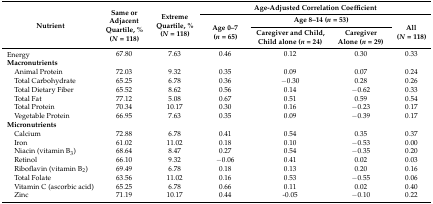
<table><thead><tr><td rowspan="3"><b>Nutrient</b></td><td rowspan="3"><b>Same or Adjacent Quartile, % (<i>N</i> = 118)</b></td><td rowspan="3"><b>Extreme Quartile, % (<i>N</i> = 118)</b></td><td colspan="4"><b>Age-Adjusted Correlation Coefficient</b></td></tr><tr><td rowspan="2"><b>Age 0–7 (<i>n</i> = 65)</b></td><td colspan="2"><b>Age 8–14 (<i>n</i> = 53)</b></td><td rowspan="2"><b>All (<i>N</i> = 118)</b></td></tr><tr><td><b>Caregiver and Child, Child alone (<i>n</i> = 24)</b></td><td><b>Caregiver Alone (<i>n</i> = 29)</b></td></tr></thead><tbody><tr><td>Energy</td><td>67.80</td><td>7.63</td><td>0.46</td><td>0.12</td><td>0.30</td><td>0.33</td></tr><tr><td><b>Macronutrients</b></td><td></td><td></td><td></td><td></td><td></td><td></td></tr><tr><td> Animal Protein</td><td>72.03</td><td>9.32</td><td>0.35</td><td>0.09</td><td>0.07</td><td>0.24</td></tr><tr><td> Total Carbohydrate</td><td>65.25</td><td>6.78</td><td>0.36</td><td>−0.30</td><td>0.28</td><td>0.26</td></tr><tr><td> Total Dietary Fiber</td><td>65.52</td><td>8.62</td><td>0.56</td><td>0.14</td><td>−0.62</td><td>0.33</td></tr><tr><td> Total Fat</td><td>77.12</td><td>5.08</td><td>0.67</td><td>0.51</td><td>0.59</td><td>0.54</td></tr><tr><td> Total Protein</td><td>70.34</td><td>10.17</td><td>0.30</td><td>0.16</td><td>−0.23</td><td>0.17</td></tr><tr><td> Vegetable Protein</td><td>66.95</td><td>7.63</td><td>0.35</td><td>0.09</td><td>−0.39</td><td>0.17</td></tr><tr><td><b>Micronutrients</b></td><td></td><td></td><td></td><td></td><td></td><td></td></tr><tr><td> Calcium</td><td>72.88</td><td>6.78</td><td>0.41</td><td>0.54</td><td>0.35</td><td>0.37</td></tr><tr><td> Iron</td><td>61.02</td><td>11.02</td><td>0.18</td><td>0.10</td><td>−0.53</td><td>0.00</td></tr><tr><td> Niacin (vitamin B<sub>3</sub>)</td><td>68.64</td><td>8.47</td><td>0.27</td><td>0.54</td><td>−0.35</td><td>0.20</td></tr><tr><td> Retinol</td><td>66.10</td><td>9.32</td><td>−0.06</td><td>0.41</td><td>0.02</td><td>0.03</td></tr><tr><td> Riboflavin (vitamin B<sub>2</sub>)</td><td>69.49</td><td>6.78</td><td>0.18</td><td>0.13</td><td>0.20</td><td>0.16</td></tr><tr><td> Total Folate</td><td>63.56</td><td>11.02</td><td>0.16</td><td>0.53</td><td>−0.55</td><td>0.06</td></tr><tr><td> Vitamin C (ascorbic acid)</td><td>65.25</td><td>6.78</td><td>0.66</td><td>0.11</td><td>0.02</td><td>0.40</td></tr><tr><td> Zinc</td><td>71.19</td><td>10.17</td><td>0.44</td><td>-0.05</td><td>−0.10</td><td>0.22</td></tr></tbody></table>